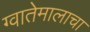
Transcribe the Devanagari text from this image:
ग्वातेमालाचा